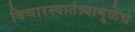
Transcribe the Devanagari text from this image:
विचारस्वातंत्र्यामुळेच